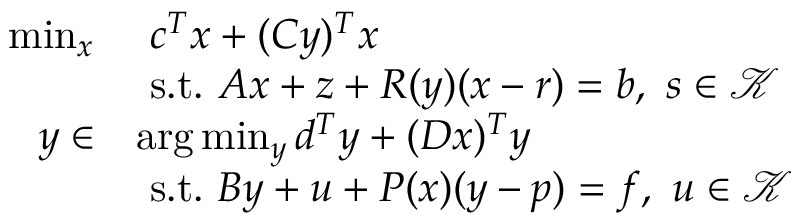
\begin{array} { r l } { \operatorname* { m i n } _ { x } } & { ~ c ^ { T } x + ( C y ) ^ { T } x } \\ & { ~ \mathrm { s . t . } ~ A x + z + R ( y ) ( x - r ) = b , ~ s \in \mathcal { K } } \\ { y \in } & { \arg \operatorname* { m i n } _ { y } d ^ { T } y + ( D x ) ^ { T } y } \\ & { ~ \mathrm { s . t . } ~ B y + u + P ( x ) ( y - p ) = f , ~ u \in \mathcal { K } } \end{array}